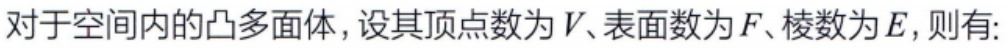
对于空间内的凸多面体，设其顶点数为\(V\)、表面数为\(F\)、棱数为\(E\)，则有: